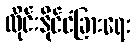
ထိုင်းနိုင်ငံခြားရေး